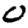
Digit: 0